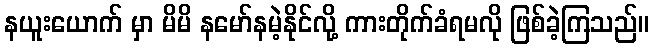
နယူးယောက် မှာ မိမိ နမော်နမဲ့နိုင်လို့ ကားတိုက်ခံရမလို ဖြစ်ခဲ့ကြသည်။